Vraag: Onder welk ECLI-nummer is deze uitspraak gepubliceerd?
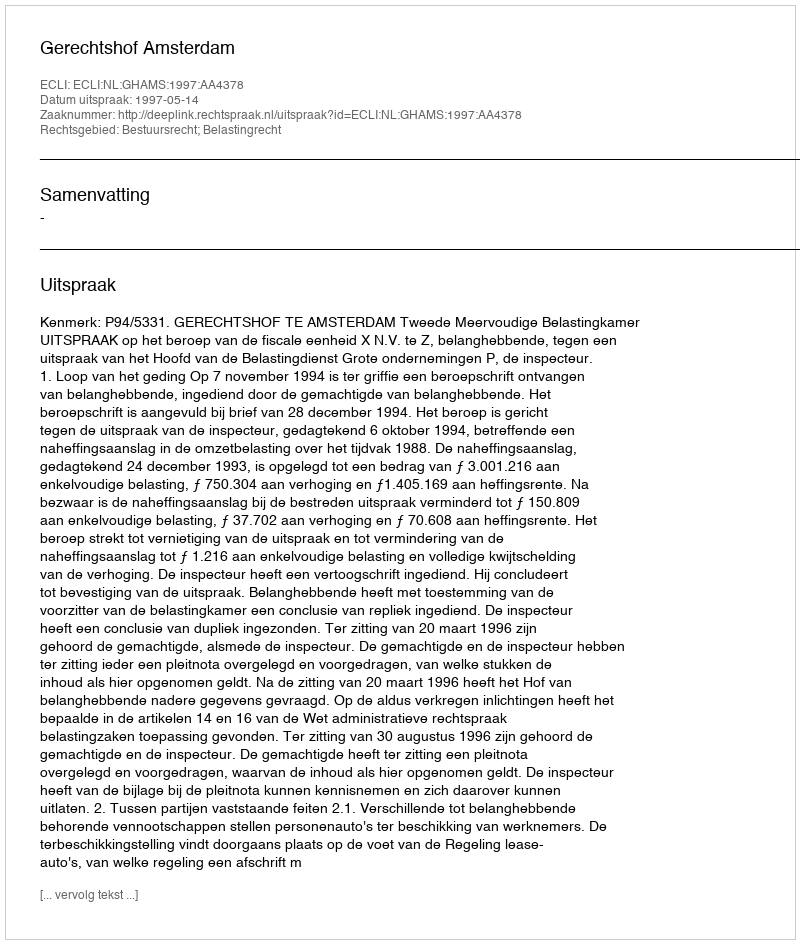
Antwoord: ECLI:NL:GHAMS:1997:AA4378